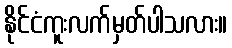
နိုင်ငံကူးလက်မှတ်ပါသလား။